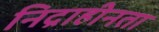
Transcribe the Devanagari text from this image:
निद्राहीनता